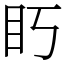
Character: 䀎